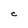
Character: C